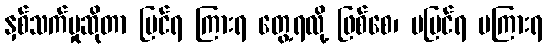
နှစ်သက်မှုဆိုတာ မြင်ရ ကြားရ တွေ့ရလို့ ဖြစ်စေ၊ မမြင်ရ မကြားရ